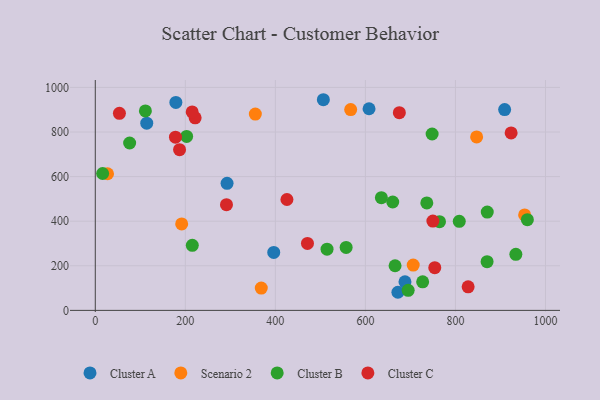
{"axis": {"x": "Study Hours", "y": "Profit"}, "legend": ["Cluster A", "Cluster B", "Cluster C", "Scenario 2"], "data": [{"x": "292.7", "y": 570.0, "type": "Cluster A"}, {"x": "909.3", "y": 900.5, "type": "Cluster A"}, {"x": "114.3", "y": 839.7, "type": "Cluster A"}, {"x": "179.0", "y": 932.7, "type": "Cluster A"}, {"x": "506.6", "y": 944.8, "type": "Cluster A"}, {"x": "687.9", "y": 128.1, "type": "Cluster A"}, {"x": "396.4", "y": 260.1, "type": "Cluster A"}, {"x": "672.2", "y": 81.2, "type": "Cluster A"}, {"x": "608.1", "y": 904.4, "type": "Cluster A"}, {"x": "953.7", "y": 428.3, "type": "Scenario 2"}, {"x": "191.9", "y": 387.6, "type": "Scenario 2"}, {"x": "368.7", "y": 100.0, "type": "Scenario 2"}, {"x": "847.1", "y": 778.0, "type": "Scenario 2"}, {"x": "567.3", "y": 900.8, "type": "Scenario 2"}, {"x": "27.2", "y": 612.7, "type": "Scenario 2"}, {"x": "706.2", "y": 203.3, "type": "Scenario 2"}, {"x": "355.5", "y": 880.6, "type": "Scenario 2"}, {"x": "748.2", "y": 791.1, "type": "Cluster B"}, {"x": "959.8", "y": 406.7, "type": "Cluster B"}, {"x": "695.0", "y": 90.0, "type": "Cluster B"}, {"x": "76.3", "y": 750.8, "type": "Cluster B"}, {"x": "215.5", "y": 291.9, "type": "Cluster B"}, {"x": "660.7", "y": 486.0, "type": "Cluster B"}, {"x": "202.9", "y": 780.3, "type": "Cluster B"}, {"x": "665.9", "y": 200.1, "type": "Cluster B"}, {"x": "764.6", "y": 397.7, "type": "Cluster B"}, {"x": "808.5", "y": 399.4, "type": "Cluster B"}, {"x": "557.2", "y": 282.4, "type": "Cluster B"}, {"x": "111.3", "y": 894.5, "type": "Cluster B"}, {"x": "736.4", "y": 482.0, "type": "Cluster B"}, {"x": "870.7", "y": 441.1, "type": "Cluster B"}, {"x": "727.2", "y": 128.1, "type": "Cluster B"}, {"x": "514.8", "y": 274.7, "type": "Cluster B"}, {"x": "934.2", "y": 251.6, "type": "Cluster B"}, {"x": "16.3", "y": 613.9, "type": "Cluster B"}, {"x": "635.5", "y": 505.4, "type": "Cluster B"}, {"x": "870.3", "y": 218.3, "type": "Cluster B"}, {"x": "178.1", "y": 776.9, "type": "Cluster C"}, {"x": "221.8", "y": 863.7, "type": "Cluster C"}, {"x": "749.9", "y": 400.7, "type": "Cluster C"}, {"x": "53.6", "y": 883.9, "type": "Cluster C"}, {"x": "187.2", "y": 720.7, "type": "Cluster C"}, {"x": "215.2", "y": 890.1, "type": "Cluster C"}, {"x": "675.4", "y": 886.7, "type": "Cluster C"}, {"x": "291.4", "y": 474.1, "type": "Cluster C"}, {"x": "471.3", "y": 300.5, "type": "Cluster C"}, {"x": "923.7", "y": 796.0, "type": "Cluster C"}, {"x": "754.1", "y": 191.6, "type": "Cluster C"}, {"x": "425.7", "y": 497.3, "type": "Cluster C"}, {"x": "828.2", "y": 105.6, "type": "Cluster C"}]}